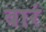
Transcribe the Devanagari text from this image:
बारं